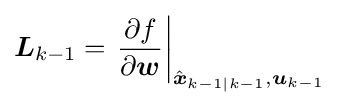
{{\boldsymbol {L}}_{k-1}}=\left.{\frac {\partial f}{\partial {\boldsymbol {w}}}}\right\vert _{{\hat {\boldsymbol {x}}}_{k-1|k-1},{\boldsymbol {u}}_{k-1}}